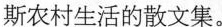
斯农村生活的散文集。